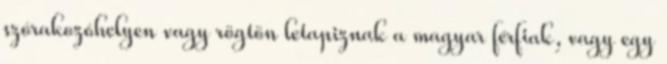
szórakozóhelyen vagy rögtön letapiznak a magyar férfiak, vagy egy